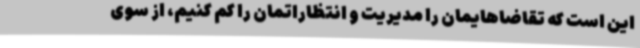
این است که تقاضاهایمان را مدیریت و انتظاراتمان را کم کنیم، از سوی